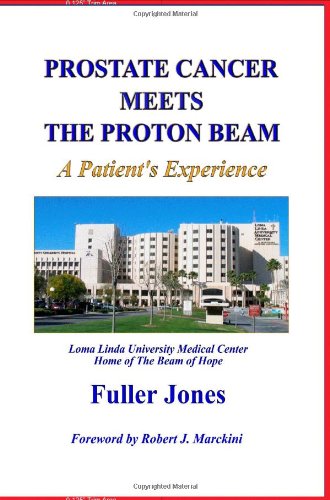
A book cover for Prostate Cancer Meets The Proton Beam: A Patient's Experience; Fuller Jones; Health, Fitness & Dieting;